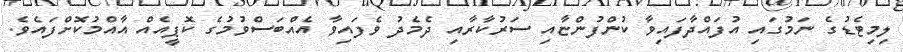
ލިމިޓެޑުގެ ނަމުގައި އުފައްދާފައިވާ ކުންފުންޏާއި ސަރުކާރާއި ދެމެދު ވެފައިވާ އެއްބަސްވުމުގެ ކޮޕީއެއް އާއްމުކޮށްފައެވެ.